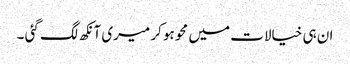
ان ہی خیالات میں محو ہو کر میری آنکھ لگ گئی ۔